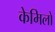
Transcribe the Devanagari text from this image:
केमिलो